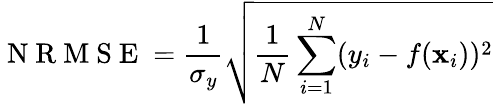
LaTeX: \mathrm{~N~R~M~S~E~}=\frac{1}{\sigma_{y}}\sqrt{\frac{1}{N}\sum_{i=1}^{N}(y_{i}-f(\mathbf{x}_{i}))^{2}}